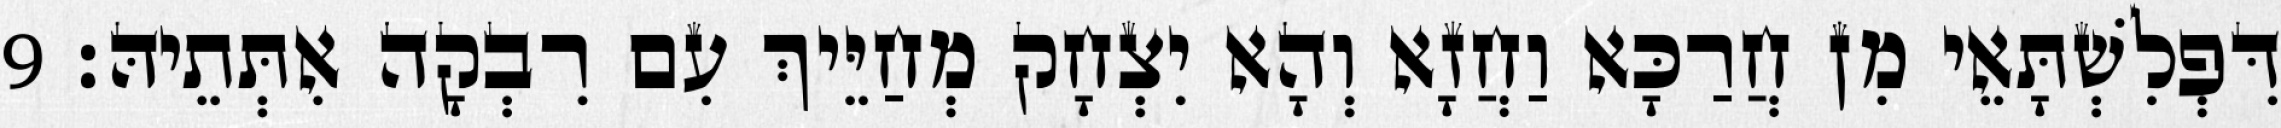
דִּפְלִשְׁתָּאֵי מִן חֲרַכָּא וַחֲזָא וְהָא יִצְחָק מְחַיֵּיךְ עִם רִבְקָה אִתְּתֵיהּ׃ 9